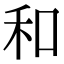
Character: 和